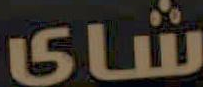
شای